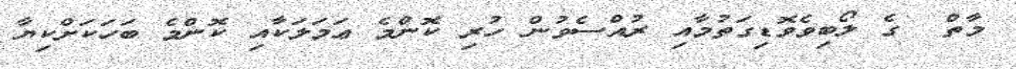
މާތް  ގެ ލޯބިވެވޮޑިގަތުމާއި ރުއްސެވުން ހުރި ކޮންމެ ޢަމަލަކާއި ކޮންމެ ބަހަކަށްކިޔާ